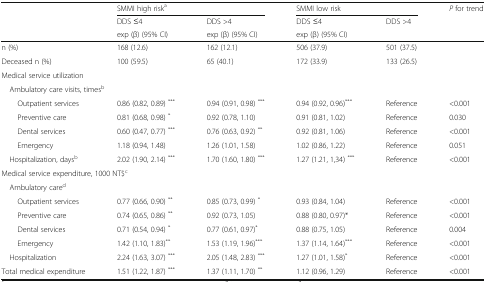
<table><thead><tr><td></td><td colspan="2"><b>SMMI high risk<sup>a</sup></b></td><td colspan="2"><b>SMMI low risk</b></td><td rowspan="3"><b><i>P</i> for trend</b></td></tr><tr><td></td><td><b>DDS ≤4</b></td><td><b>DDS &gt;4</b></td><td><b>DDS ≤4</b></td><td><b>DDS &gt;4</b></td></tr><tr><td></td><td><b>exp (β) (95% CI)</b></td><td><b>exp (β) (95% CI)</b></td><td><b>exp (β) (95% CI)</b></td><td></td></tr></thead><tbody><tr><td>n (%)</td><td>168 (12.6)</td><td>162 (12.1)</td><td>506 (37.9)</td><td>501 (37.5)</td><td></td></tr><tr><td>Deceased n (%)</td><td>100 (59.5)</td><td>65 (40.1)</td><td>172 (33.9)</td><td>133 (26.5)</td><td></td></tr><tr><td colspan="6">Medical service utilization</td></tr><tr><td colspan="6"> Ambulatory care visits, times<sup>b</sup></td></tr><tr><td>Outpatient services</td><td>0.86 (0.82, 0.89) <sup>***</sup></td><td>0.94 (0.91, 0.98) <sup>***</sup></td><td>0.94 (0.92, 0.96)<sup>***</sup></td><td>Reference</td><td>&lt;0.001</td></tr><tr><td>Preventive care</td><td>0.81 (0.68, 0.98) <sup>*</sup></td><td>0.92 (0.78, 1.10)</td><td>0.91 (0.81, 1.02)</td><td>Reference</td><td>0.030</td></tr><tr><td>Dental services</td><td>0.60 (0.47, 0.77) <sup>***</sup></td><td>0.76 (0.63, 0.92) <sup>**</sup></td><td>0.92 (0.81, 1.06)</td><td>Reference</td><td>&lt;0.001</td></tr><tr><td>Emergency</td><td>1.18 (0.94, 1.48)</td><td>1.26 (1.01, 1.58)</td><td>1.02 (0.86, 1.22)</td><td>Reference</td><td>0.051</td></tr><tr><td> Hospitalization, days<sup>b</sup></td><td>2.02 (1.90, 2.14) <sup>***</sup></td><td>1.70 (1.60, 1.80) <sup>***</sup></td><td>1.27 (1.21, 1,34) <sup>***</sup></td><td>Reference</td><td>&lt;0.001</td></tr><tr><td colspan="6">Medical service expenditure, 1000 NT$<sup>c</sup></td></tr><tr><td colspan="6"> Ambulatory care<sup>d</sup></td></tr><tr><td>Outpatient services</td><td>0.77 (0.66, 0.90) <sup>**</sup></td><td>0.85 (0.73, 0.99) <sup>*</sup></td><td>0.93 (0.84, 1.04)</td><td>Reference</td><td>&lt;0.001</td></tr><tr><td>Preventive care</td><td>0.74 (0.65, 0.86) <sup>**</sup></td><td>0.92 (0.73, 1.05)</td><td>0.88 (0.80, 0.97)*</td><td>Reference</td><td>&lt;0.001</td></tr><tr><td>Dental services</td><td>0.71 (0.54, 0.94) <sup>*</sup></td><td>0.77 (0.61, 0.97)<sup>*</sup></td><td>0.88 (0.75, 1.05)</td><td>Reference</td><td>0.004</td></tr><tr><td>Emergency</td><td>1.42 (1.10, 1.83)<sup>**</sup></td><td>1.53 (1.19, 1.96)<sup>***</sup></td><td>1.37 (1.14, 1.64)<sup>***</sup></td><td>Reference</td><td>&lt;0.001</td></tr><tr><td> Hospitalization</td><td>2.24 (1.63, 3.07) <sup>***</sup></td><td>2.05 (1.48, 2.83) <sup>***</sup></td><td>1.27 (1.01, 1.58)<sup>*</sup></td><td>Reference</td><td>&lt;0.001</td></tr><tr><td>Total medical expenditure</td><td>1.51 (1.22, 1.87) <sup>***</sup></td><td>1.37 (1.11, 1.70) <sup>**</sup></td><td>1.12 (0.96, 1.29)</td><td>Reference</td><td>&lt;0.001</td></tr></tbody></table>